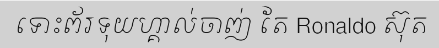
ទោះព័រទុយហ្គាល់ចាញ់ តែ Ronaldo ស៊ុត